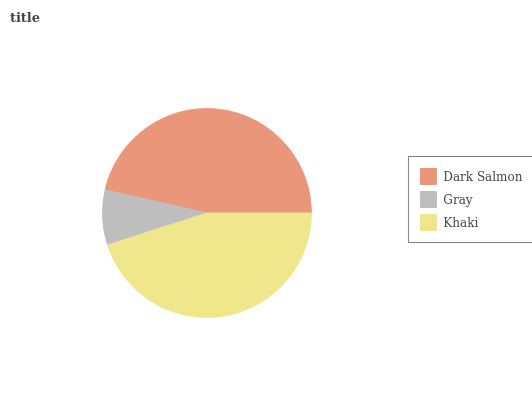
| Dark Salmon | Gray | Khaki |
 | --- | --- | --- |
 | 46.5% | 8.51% | 45% |